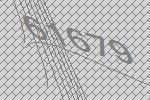
61679